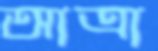
আত্রা